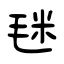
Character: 毩